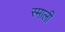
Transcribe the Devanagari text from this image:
स्माली